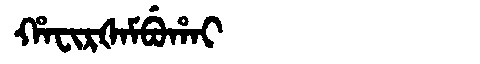
Manchu: ᡥᠠᠸᡳᡵᡧᠠᠮᠪᡠᡥᠠᡳ
Romanization: HAFIRŠAMBUHAI